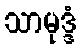
သာမုဒ္ဒံ